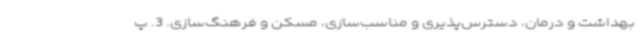
بهداشت و درمان، دسترس‌پذیری و مناسب‌سازی، مسکن و فرهنگ‌سازی. 3. پ